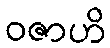
ဝဇာဟိ